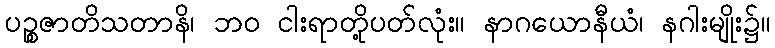
ပဉ္စဇာတိသတာနိ၊ ဘဝ ငါးရာတို့ပတ်လုံး။ နာဂယောနီယံ၊ နဂါးမျိုး၌။